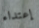
إعتداء